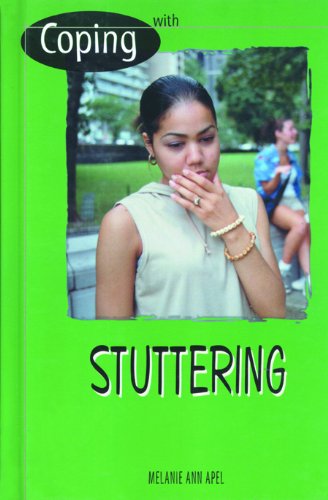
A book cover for Stuttering (Coping); Melanie Ann Apel; Teen & Young Adult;